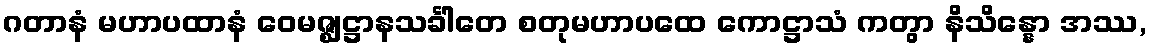
ဂတာနံ မဟာပထာနံ ဝေမဇ္ဈဋ္ဌာနသင်္ခါတေ စတုမဟာပထေ ကောဋ္ဌာသံ ကတွာ နိသိန္နော အဿ,